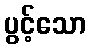
ပွင့်သော